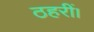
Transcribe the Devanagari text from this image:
ठहरीं।